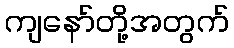
ကျနော်တို့အတွက်